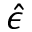
\hat { \epsilon }